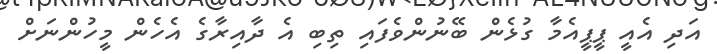
އަދި އެއީ ޕީޕީއެމާ ގުޅެން ބޭނުންވެފައި ތިބި އެ ދާއިރާގެ އެހެން މީހުންނަށް